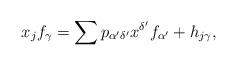
LaTeX: \begin{align*}x_j f_\gamma=\sum p_{\alpha'\delta'}x^{\delta'} f_{\alpha'}+ h_{j\gamma},\end{align*}